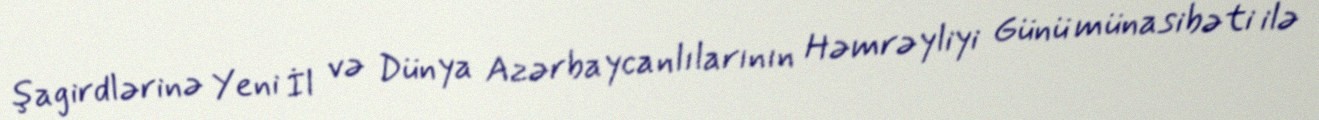
şagirdlərinə Yeni İl və Dünya Azərbaycanlılarının Həmrəyliyi Günü münasibəti ilə